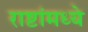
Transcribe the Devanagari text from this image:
राष्टांमध्ये